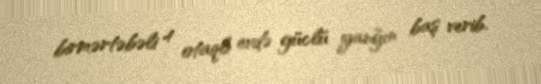
birmərtəbəli 4 otaqlı evdə güclü yanğın baş verib.